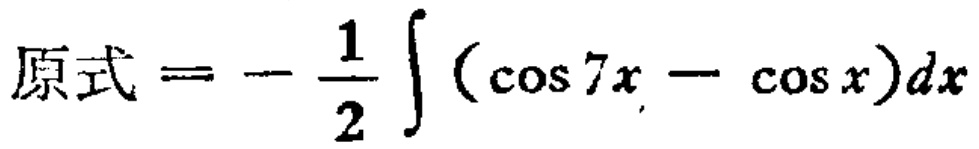
原式\(=-\frac{1}{2}\int (\cos 7x - \cos x)dx\)